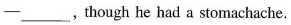
-___,though he had a stomachache.